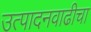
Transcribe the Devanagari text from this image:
उत्पादनवाढीचा